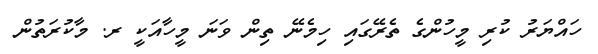
ހައްޔަރު ކުރި މީހުންގެ ތެރޭގައި ހިމެނޭ ތިން ވަނަ މީހާއަކީ ރ. މާކުރަތުން